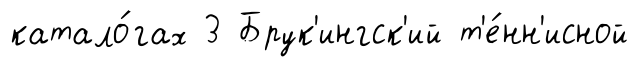
катало́гах 3 Брук'ингск'ий т'е́нн'исной